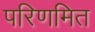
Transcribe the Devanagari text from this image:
परिणमित